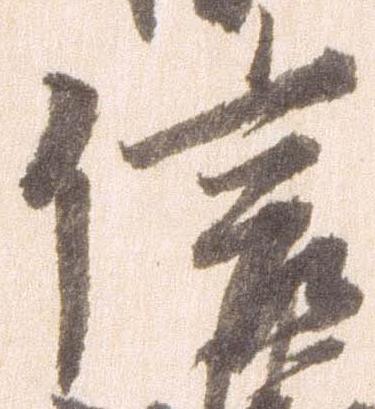
信